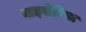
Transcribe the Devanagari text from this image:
नाइसेरिया